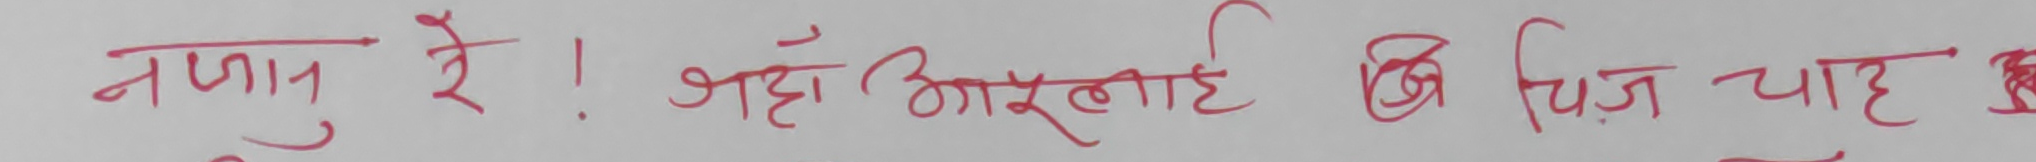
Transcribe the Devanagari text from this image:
नजानु रे ! जहाँ आउलाहि कि चिज चाहे छ